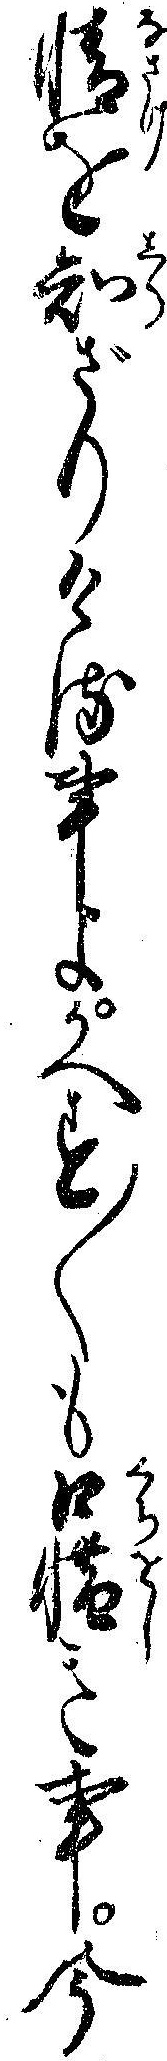
情を知ざりける事よかへす〱も口惜き事今